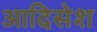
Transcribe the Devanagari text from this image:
आदिसेश